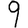
Digit: 9